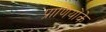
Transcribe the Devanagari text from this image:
प्राणियोंके